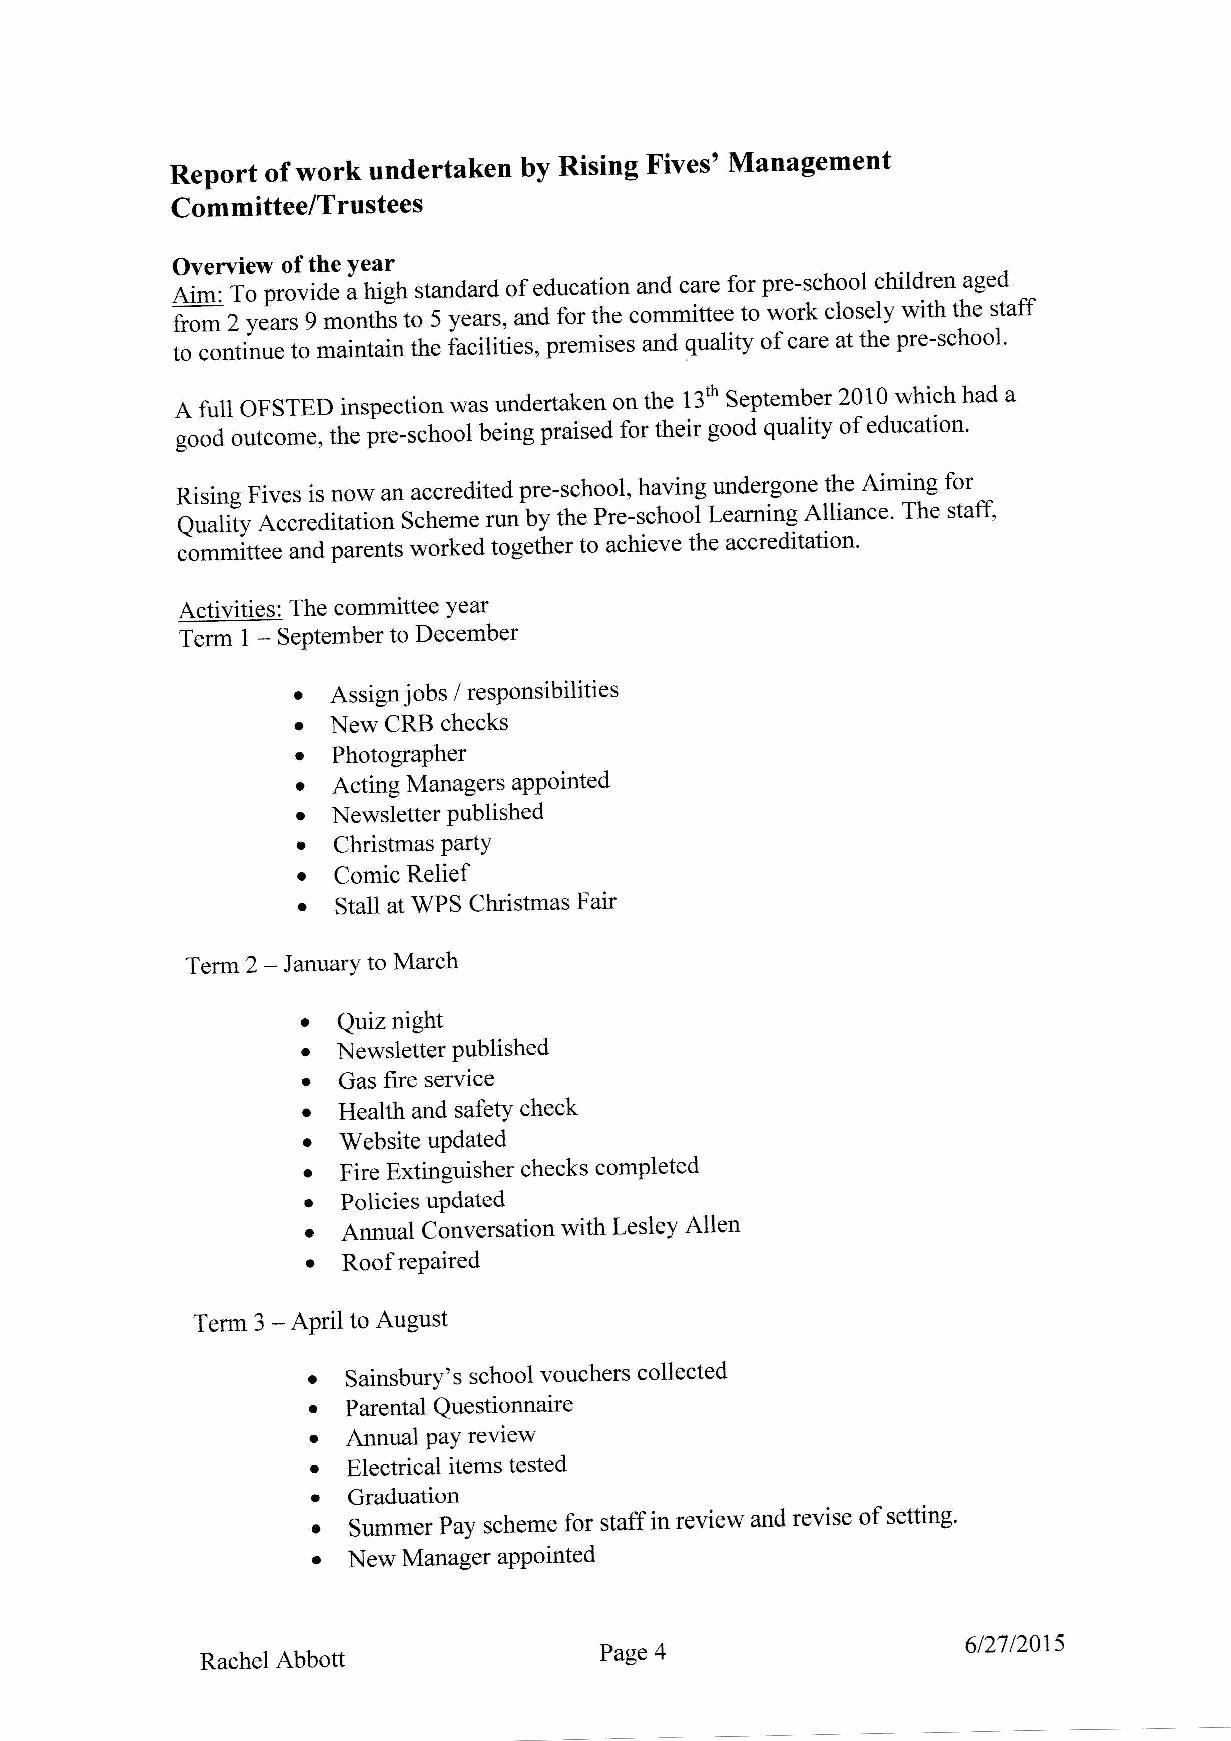
ReportofworkundertakenbyRisingFives,Management
 Committee/Trustees
 Overview of the Year
 ei*' 1.o provide u frigf, standard of education and care for pre-school children aged
 from 2 years 9 ,,,orrtir", to 5 years, and for the committee to work closely with the staff
 to continue to maintain the facilities, premises and quality of care at the pre-school'
 A fuli OFSTED inspection was undertaken on the 13th September 2010 which had a
 good orrt"ome, the pre-school being praised for their good quality of education'
 fusing Fives is now an accredited pre-school, having undergone the Aiming for
 q"a#V Accreditatio.r S"h.-" run by the Pre-school Learning Alliance' The stafi
 .i*-itt"" and parents worked together to achieve the accreditation'
 Activities: The committee Year
 Term 1 - SePtember to December
 '  Assign jobs / resPonsibilities
 .
 New CRB checks
 o
 PhotograPher
 o
 Acting Managers aPPointed
 o
 Newsletter Published
 r
 Christmas party
 o
 Comic Relief
 .
 Stall at WPS Christmas Fair
 Term 2 - IarutarY to March
 o
 Quiz night
 ' Newsletter Published
 t
 Gas fire service
 o
 Health and safetY check
 o
 Website uPdated
 .
 Fire Extinguisher checks completed
 .
 Policies uPdated
 o  Annual Conversation with Lesley Allen
 '  Roof rePaired
 Term 3 - APril to August
 t
 Sainsbury's school vouchers collected
 r
 ParentalQuestionnaire
 t
 Annual  review
 PaY
 .
 Electrical items tested
 ' Graduation
 o summer Pay scheme for staff in review and revise of setting'
 ' New Manager aPPointed
 612712015
 Rachel Abbott              Page 4